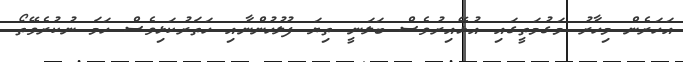
އަހަރެން މިހާރު މަގުމަތީގައި އުޅޭއިރުވެސް ބަލަނީ ތިޔަ ފުލުހުންނާއި ހަތަރުކަޅިވެސް ހަމަ ނުކުރެވޭތޯ